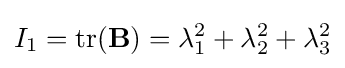
I_{1}=\mathrm {tr} (\mathbf {B} )=\lambda _{1}^{2}+\lambda _{2}^{2}+\lambda _{3}^{2}